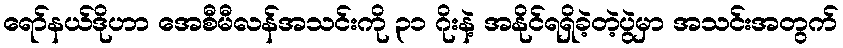
ရော်နယ်ဒိုဟာ အေစီမီလန်အသင်းကို ၃၁ ဂိုးနဲ့ အနိုင်ရရှိခဲ့တဲ့ပွဲမှာ အသင်းအတွက်